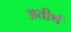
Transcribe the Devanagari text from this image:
अतीर्थ